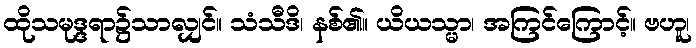
ထိုသမုဒ္ဒရာ၌သာလျှင်။ သံသီဒိ၊ နစ်၏။ ယိယသ္မာ၊ အကြင်ကြောင့်။ ဗဟူ၊